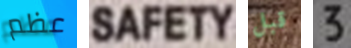
عظم SAFETY قبل 3